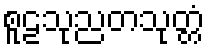
စူဠသုညတသုတ္တံ